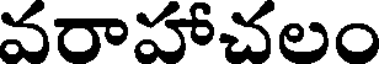
వరాహాచలం